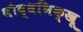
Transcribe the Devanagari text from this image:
बौद्धभिक्खू